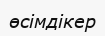
өсімдікер